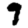
Digit: 9